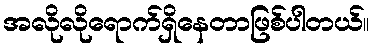
အလိုလိုရောက်ရှိနေတာဖြစ်ပါတယ်။